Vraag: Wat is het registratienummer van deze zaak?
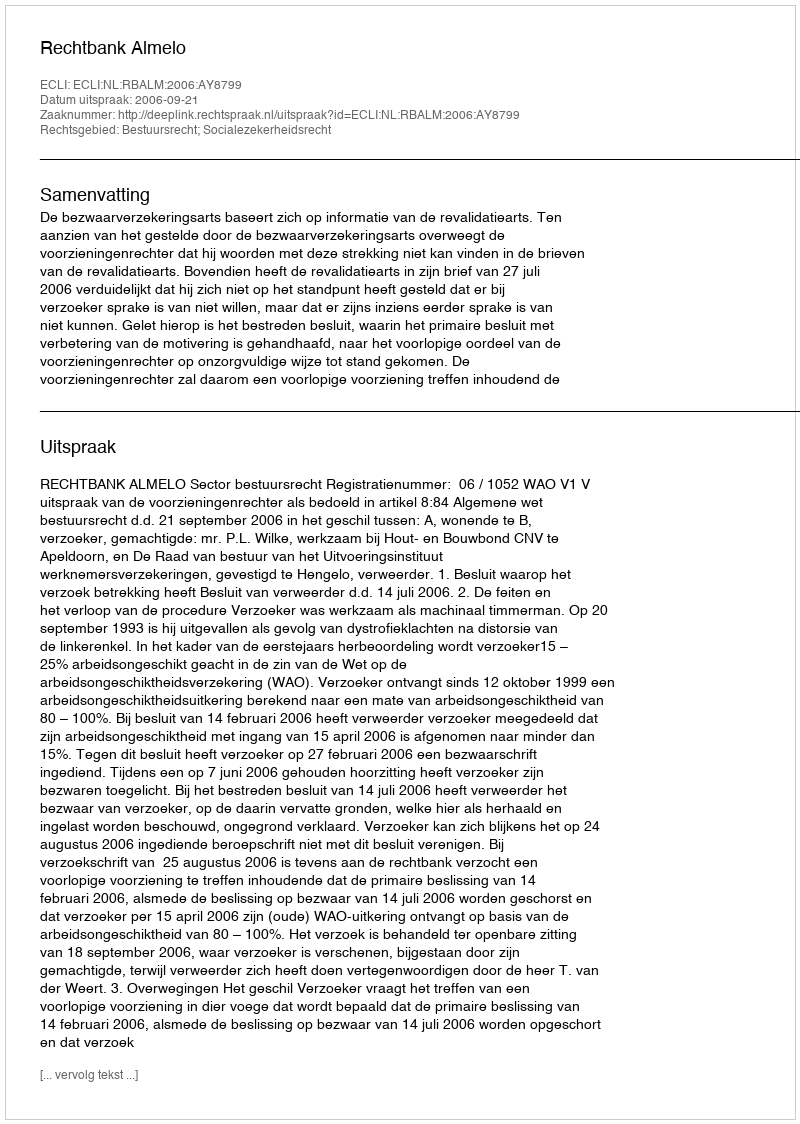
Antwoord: http://deeplink.rechtspraak.nl/uitspraak?id=ECLI:NL:RBALM:2006:AY8799